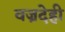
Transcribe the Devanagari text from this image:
वज्रदेही